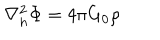
\nabla _ { h } ^ { 2 } \Phi = 4 \pi G _ { 0 } \rho